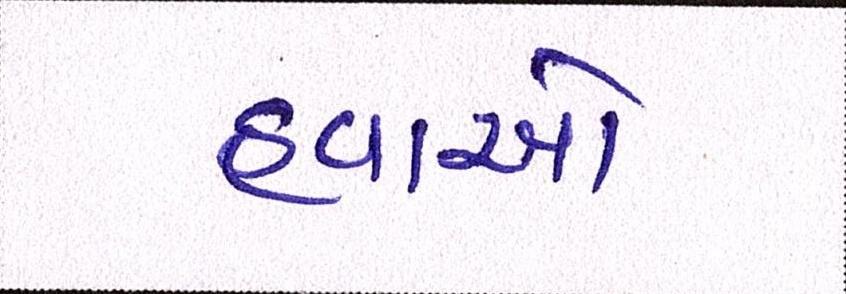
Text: હવાઓ